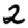
Digit: 2